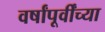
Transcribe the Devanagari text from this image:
वर्षांपूर्वींच्या